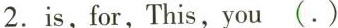
2.is,for,This,you(.)